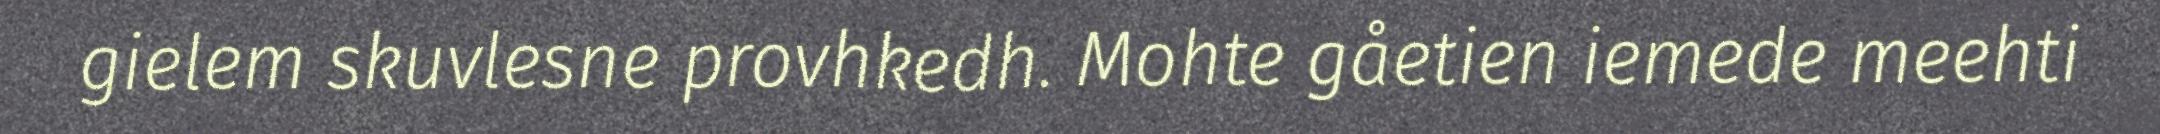
gielem skuvlesne provhkedh. Mohte gåetien iemede meehti